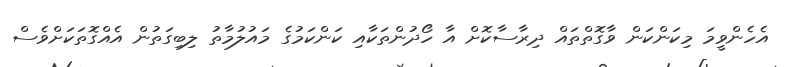
އެހެންވީމަ މިކަންކަން ވާގޮތްތައް ދިރާސާކޮށް އާ ހޯދުންތަކާއި ކަންކަމުގެ މައުލުމާތު ލިބިގަތުން އެއްގޮތަކަށްވެސް